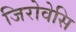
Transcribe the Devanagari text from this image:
जिरोवेसि